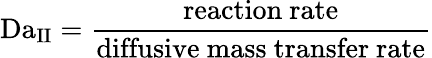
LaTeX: \mathrm{Da}_{\mathrm{II}}={\frac{\mathrm{reaction~rate}}{\mathrm{diffusive~mass~transfer~rate}}}